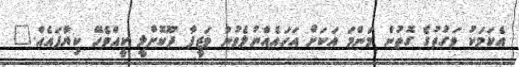
އެކަމަކު ވަގުތުގެ ގޮތުން މަންމަ އަކަށް އަހައެއްނުލެވުނު ވަޒީފާ ދޫކޮށްލީ ކީއްވެހޭ ކިޔާފައެއް."